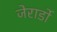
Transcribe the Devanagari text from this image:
जेरार्डो